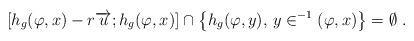
LaTeX: \begin{align*}[h_{g}(\varphi,x)-r\overrightarrow{u};h_{g}(\varphi,x)] \cap \left\{ h_{g}(\varphi,y) , \, y\in^{-1}(\varphi,x) \right\} = \emptyset ~.\end{align*}